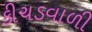
કીચડવાળી